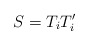
\begin{align*}S =T_i T_i'\end{align*}